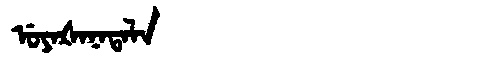
Manchu: ᡠᠶᠠᡧᠠᠨᠠᡨᠠᠯᠠ
Romanization: UYAŠANATALA